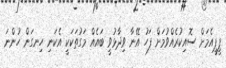
ޕީޕީއެމަށް ސޮއިކުރެއްވުމަށް ފަހު އޭނާ ވިދާޅުވީ ބައެއް މަގުތަކަކީ އެކަނި ހިނގަން ހުންނަ